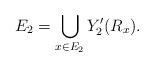
LaTeX: \begin{align*} E_2=\bigcup_{x\in E_2}Y'_2(R_x).\end{align*}